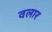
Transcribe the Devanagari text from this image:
वलार